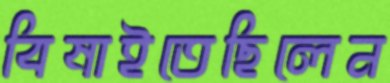
বিষাইতেছিলেন